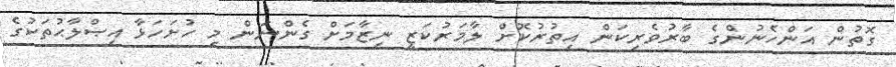
ގޮތުން އަންހެނުންގެ ބާރުވެރިކަން އިތުރުކޮށް ލާމަރުކަޒީ ނިޒާމަށް ގެންނަން މި ހުށަހަޅާ އިޞްލާޙުތަކުގެ